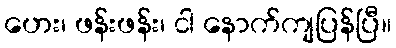
ဟေး၊ ဖန်းဖန်း၊ ငါ နောက်ကျပြန်ပြီ။